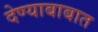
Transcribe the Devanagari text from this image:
देण्याबाबात